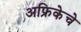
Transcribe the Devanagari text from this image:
अफ्रिकेचे